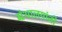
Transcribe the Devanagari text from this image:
ग्रंथालयांनी